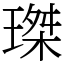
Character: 㻧